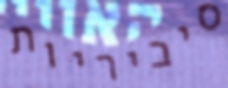
סיביריות